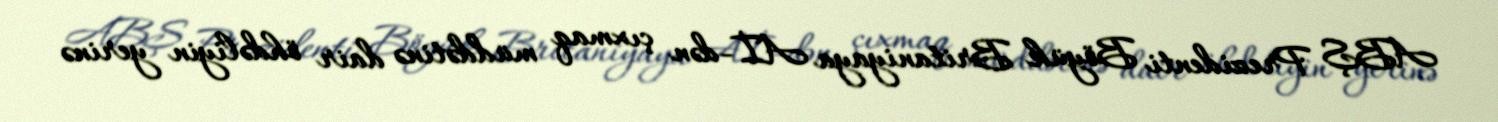
ABŞ Prezidenti Böyük Britaniyaya Aİ-dən çıxmaq müddətinə dair öhdəliyin yerinə